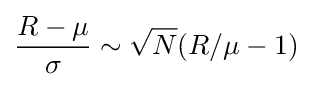
{\frac {R-\mu }{\sigma }}\sim {\sqrt {N}}(R/\mu -1)